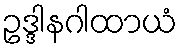
ဥဒ္ဒါနဂါထာယံ